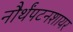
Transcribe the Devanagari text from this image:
नौर्थंपटनशायर